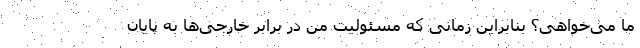
ما می‌خواهی؟ بنابراین زمانی که مسئولیت من در برابر خارجی‌ها به پایان